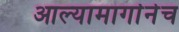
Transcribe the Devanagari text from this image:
आल्यामार्गानेच